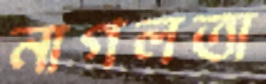
নাগলতা